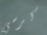
كرسي